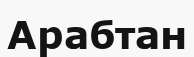
Арабтан